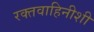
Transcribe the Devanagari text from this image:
रक्तवाहिनीशी